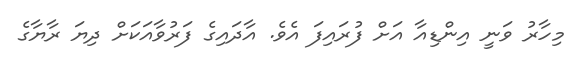
މިހާރު ވަނީ އިންޑިއާ އަށް ފުރައިފަ އެވެ. އާދައިގެ ފަރުވާއަކަށް ދިޔަ ރާޔާގެ